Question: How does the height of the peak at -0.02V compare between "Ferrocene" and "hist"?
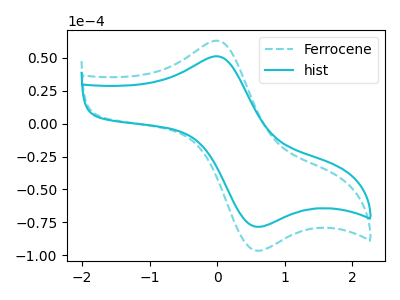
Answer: <think>The cyan dashed curve "Ferrocene" has an anodic peak at (0.00V, 63.15uA) and a cathodic peak at (0.55V, -95.90uA). The cyan curve "hist" has an anodic peak at (0.00V, 51.25uA) and a cathodic peak at (0.55V, -77.90uA).</think>
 <answer>The peak at -0.02V is higher in "Ferrocene" than in "hist".</answer>
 <eval>higher</eval>